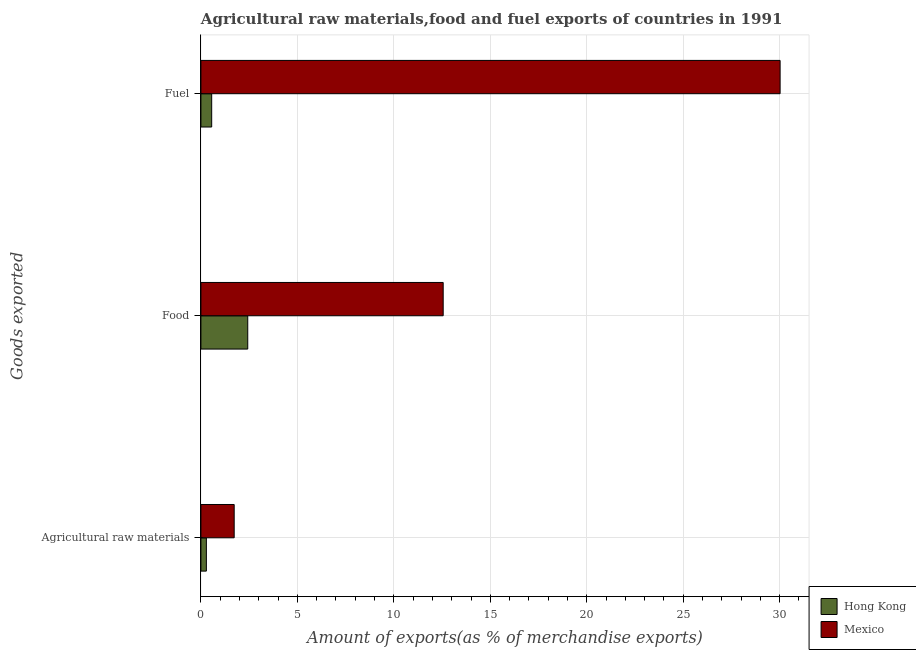
| Goods exported | Hong Kong | Mexico |
 | --- | --- | --- |
 | Agricultural raw materials | 0.283 | 1.72 |
 | Food | 2.43 | 12.6 |
 | Fuel | 0.558 | 30 |